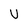
Character: U